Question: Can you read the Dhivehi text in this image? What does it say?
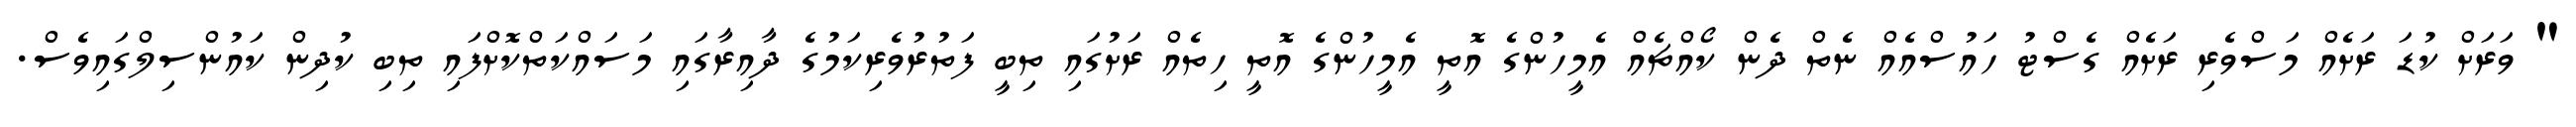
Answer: " ވަރަށް ކުޑަ ރަށެއް މަސްވެރި ރަށެއް ގެސްޓު ހައުސްއެއް ނެތް ދެން ކޯއްޗެއް އެމީހުންގެ އޮތީ އެމީހުންގެ އޮތީ ހިތެއް ރަށުގައި ތިބީ ފަތުރުވެރިކަމުގެ ދާއިރާގައި މަސައްކަތްކޮށްފައި ތިބި ކުދިން ކައުންސިލްގައިވެސް.